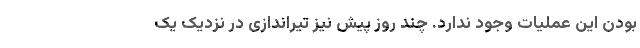
بودن این عملیات وجود ندارد. چند روز پیش نیز تیراندازی در نزدیک یک